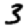
Digit: 3